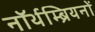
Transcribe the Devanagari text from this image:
नॉर्थम्ब्रियनों